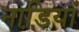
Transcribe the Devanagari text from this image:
नाडि़यां